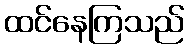
ထင်နေကြသည်